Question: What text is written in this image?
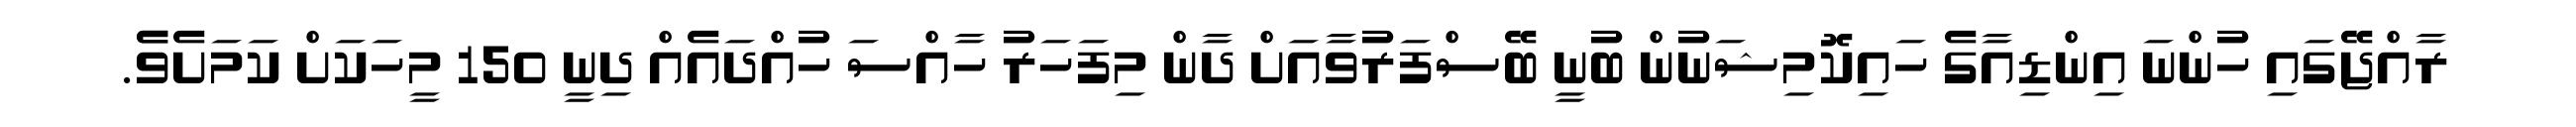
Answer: ރާއްޖޭގައި ހުންނަ އިންޑިއާގެ ހައިކޮމިޝަނުން ބުނީ ބޭސްފަރުވާއަށް ދާން މިފަހަރު ހާއްސަ ހުއްދައެއް ދިނީ 150 މީހަކަށް ކަމަށެވެެ.